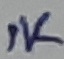
Text: 1K